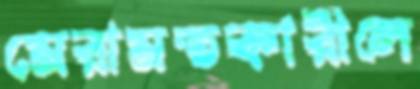
মেরামতকারীলে